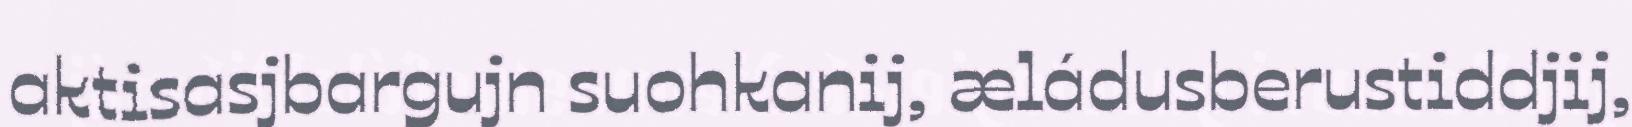
aktisasjbargujn suohkanij, æládusberustiddjij,